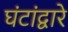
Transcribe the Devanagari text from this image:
घंटांद्वारे